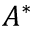
A ^ { * }